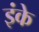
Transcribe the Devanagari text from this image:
इंके